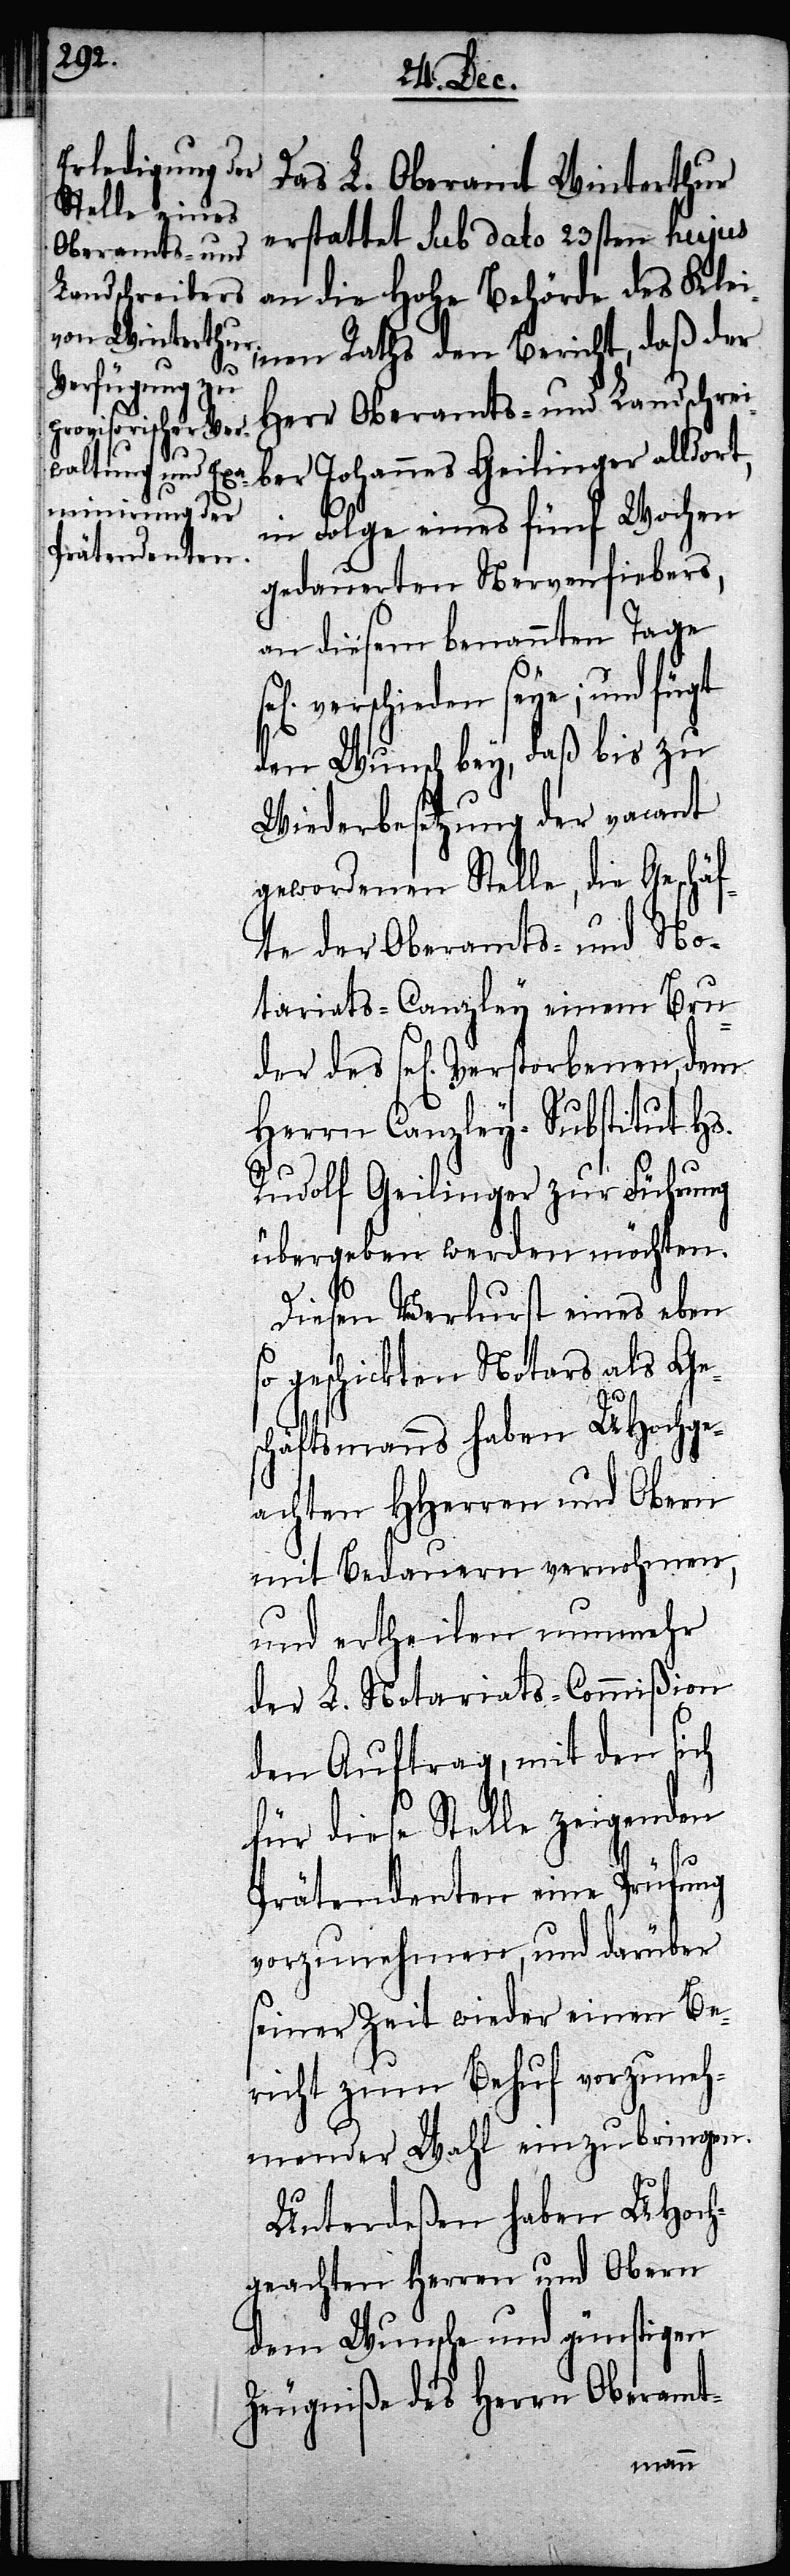
des

Das L. Oberamt Winterthur
erstattet sub dato 23sten hujus
an die Hohe Behörde des Kle¬
inen Raths den Bericht, daß der
Herr Oberamts- und Landschrei¬
ber Johannes Geilinger alldort,
in Folge eines fünf Wochen
gedauerten Nervenfiebers,
an diesem benannten Tage
Verstorbenen, dem
den Wunsch bey, daß bis zu
Wiederbesetzung der vacant
gewordenen Stelle, die Geschäf¬
te der Oberamts- und No¬
tariats-Canzley einem Bru¬
Herrn Canzley-Substitut Hs.
Rudolf Geilinger zur Führung
übergeben werden möchten.
Diesen Verlurst eines eben
so geschickten Notars als Ge¬
schäftsmanns haben UHochge¬
achten HHerren und Obern
mit Bedauern vernohmen,
und ertheilen nunmehr
der L. Notariats-Commißion
den Auftrag, mit den sich
für diese Stelle zeigenden
Prätendenten eine Prüfung
vorzunehmen, und darüber
seiner Zeit wieder einen Be¬
richt zum Behuf vorzuneh¬
mender Wahl einzubringen.
Unterdeßen haben UHoch¬
geachten HHerren und Obern
dem Wunsche und günstigen
Zeugniße des Herrn Oberamt-